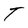
Character: T